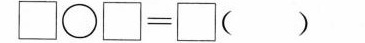
$$\Box \bigcirc \Box = \Box$$ （ ）